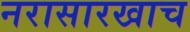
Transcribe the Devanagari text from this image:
नरासारखाच